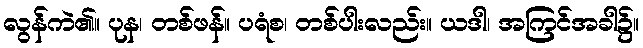
လွန်ကဲ၏။ ပုန၊ တစ်ဖန်။ ပရံစ၊ တစ်ပါးလည်း။ ယဒါ၊ အကြင်အခါ၌။